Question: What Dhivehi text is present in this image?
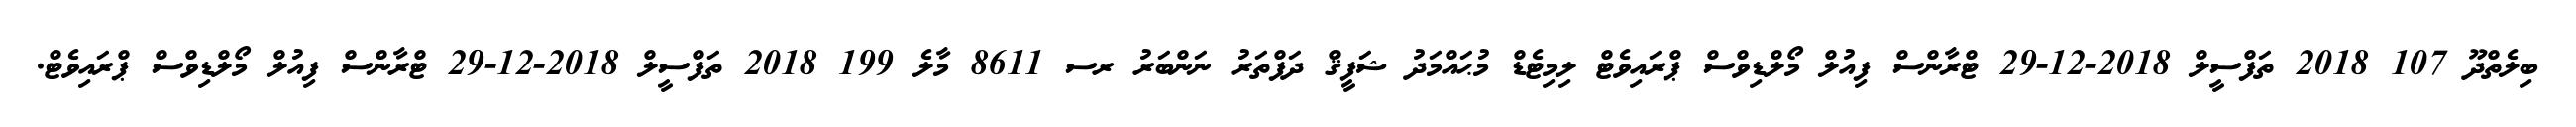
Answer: ބިލެތްދޫ 107 2018 ތަފްސީލް 2018-12-29 ޓްރާންސް ފިއުލް މޯލްޑިވްސް ޕްރައިވެޓް ލިމިޓެޑް މުޙައްމަދު ޝަފީޤް ދަފްތަރު ނަންބަރު ރސ 8611 މާލެ 199 2018 ތަފްސީލް 2018-12-29 ޓްރާންސް ފިއުލް މޯލްޑިވްސް ޕްރައިވެޓް.